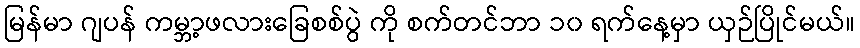
မြန်မာ ဂျပန် ကမ္ဘာ့ဖလားခြေစစ်ပွဲ ကို စက်တင်ဘာ ၁၀ ရက်နေ့မှာ ယှဉ်ပြိုင်မယ်။